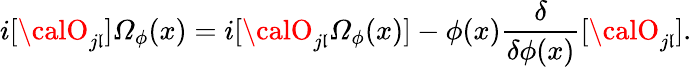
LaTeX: i[{\calO}_{j\mathfrak{l}}]{\mit\Omega}_{\phi}(x)=i[{\calO}_{j\mathfrak{l}}{\mit\Omega}_{\phi}(x)]-\phi(x)\frac{{\delta}}{{\delta\phi(x)}}[{\calO}_{j\mathfrak{l}}].